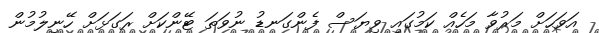
އަވަހަށް މަރުވާ މަހެއް ކަމުގައި ވިޔަސް ފެންގަނޑު ނުވަތަ ޓޭންކަށް ރަގަޅަށް ހޭނިލުމުން